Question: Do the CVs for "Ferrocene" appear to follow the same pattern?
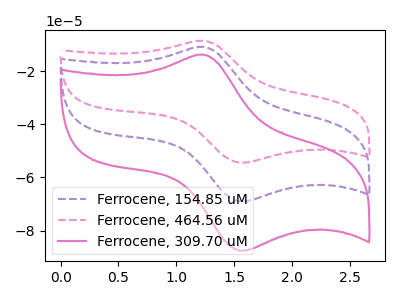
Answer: <think>The purple dashed curve "Ferrocene, 154.85 uM" has an anodic peak at (1.20V, -10.80uA) and a cathodic peak at (1.55V, -69.10uA). The pink dashed curve "Ferrocene, 464.56 uM" has an anodic peak at (1.20V, -21.60uA) and a cathodic peak at (1.55V, -138.15uA). The pink curve "Ferrocene, 309.70 uM" has an anodic peak at (1.20V, -13.70uA) and a cathodic peak at (1.55V, -87.60uA).
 All the peaks in "Ferrocene, 154.85 uM" have a peak in "Ferrocene, 464.56 uM" at the same potential. All the peaks in "Ferrocene, 154.85 uM" have a peak in "Ferrocene, 309.70 uM" at the same potential. All the peaks in "Ferrocene, 464.56 uM" have a peak in "Ferrocene, 309.70 uM" at the same potential.</think>
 <answer>All the CV's of "Ferrocene" have similar shape.</answer>
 <eval>follow_rule</eval>